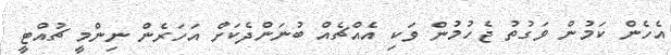
އެހެން ކަމުން ވަގުތު ޖެހުމުން ވަކި އެއްޗެއް ބުނަންދެކަށް އަހަރެން ނިންމީ ޗުއްޓީ